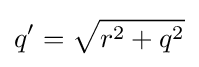
q'={\sqrt {r^{2}+q^{2}}}